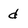
Character: d